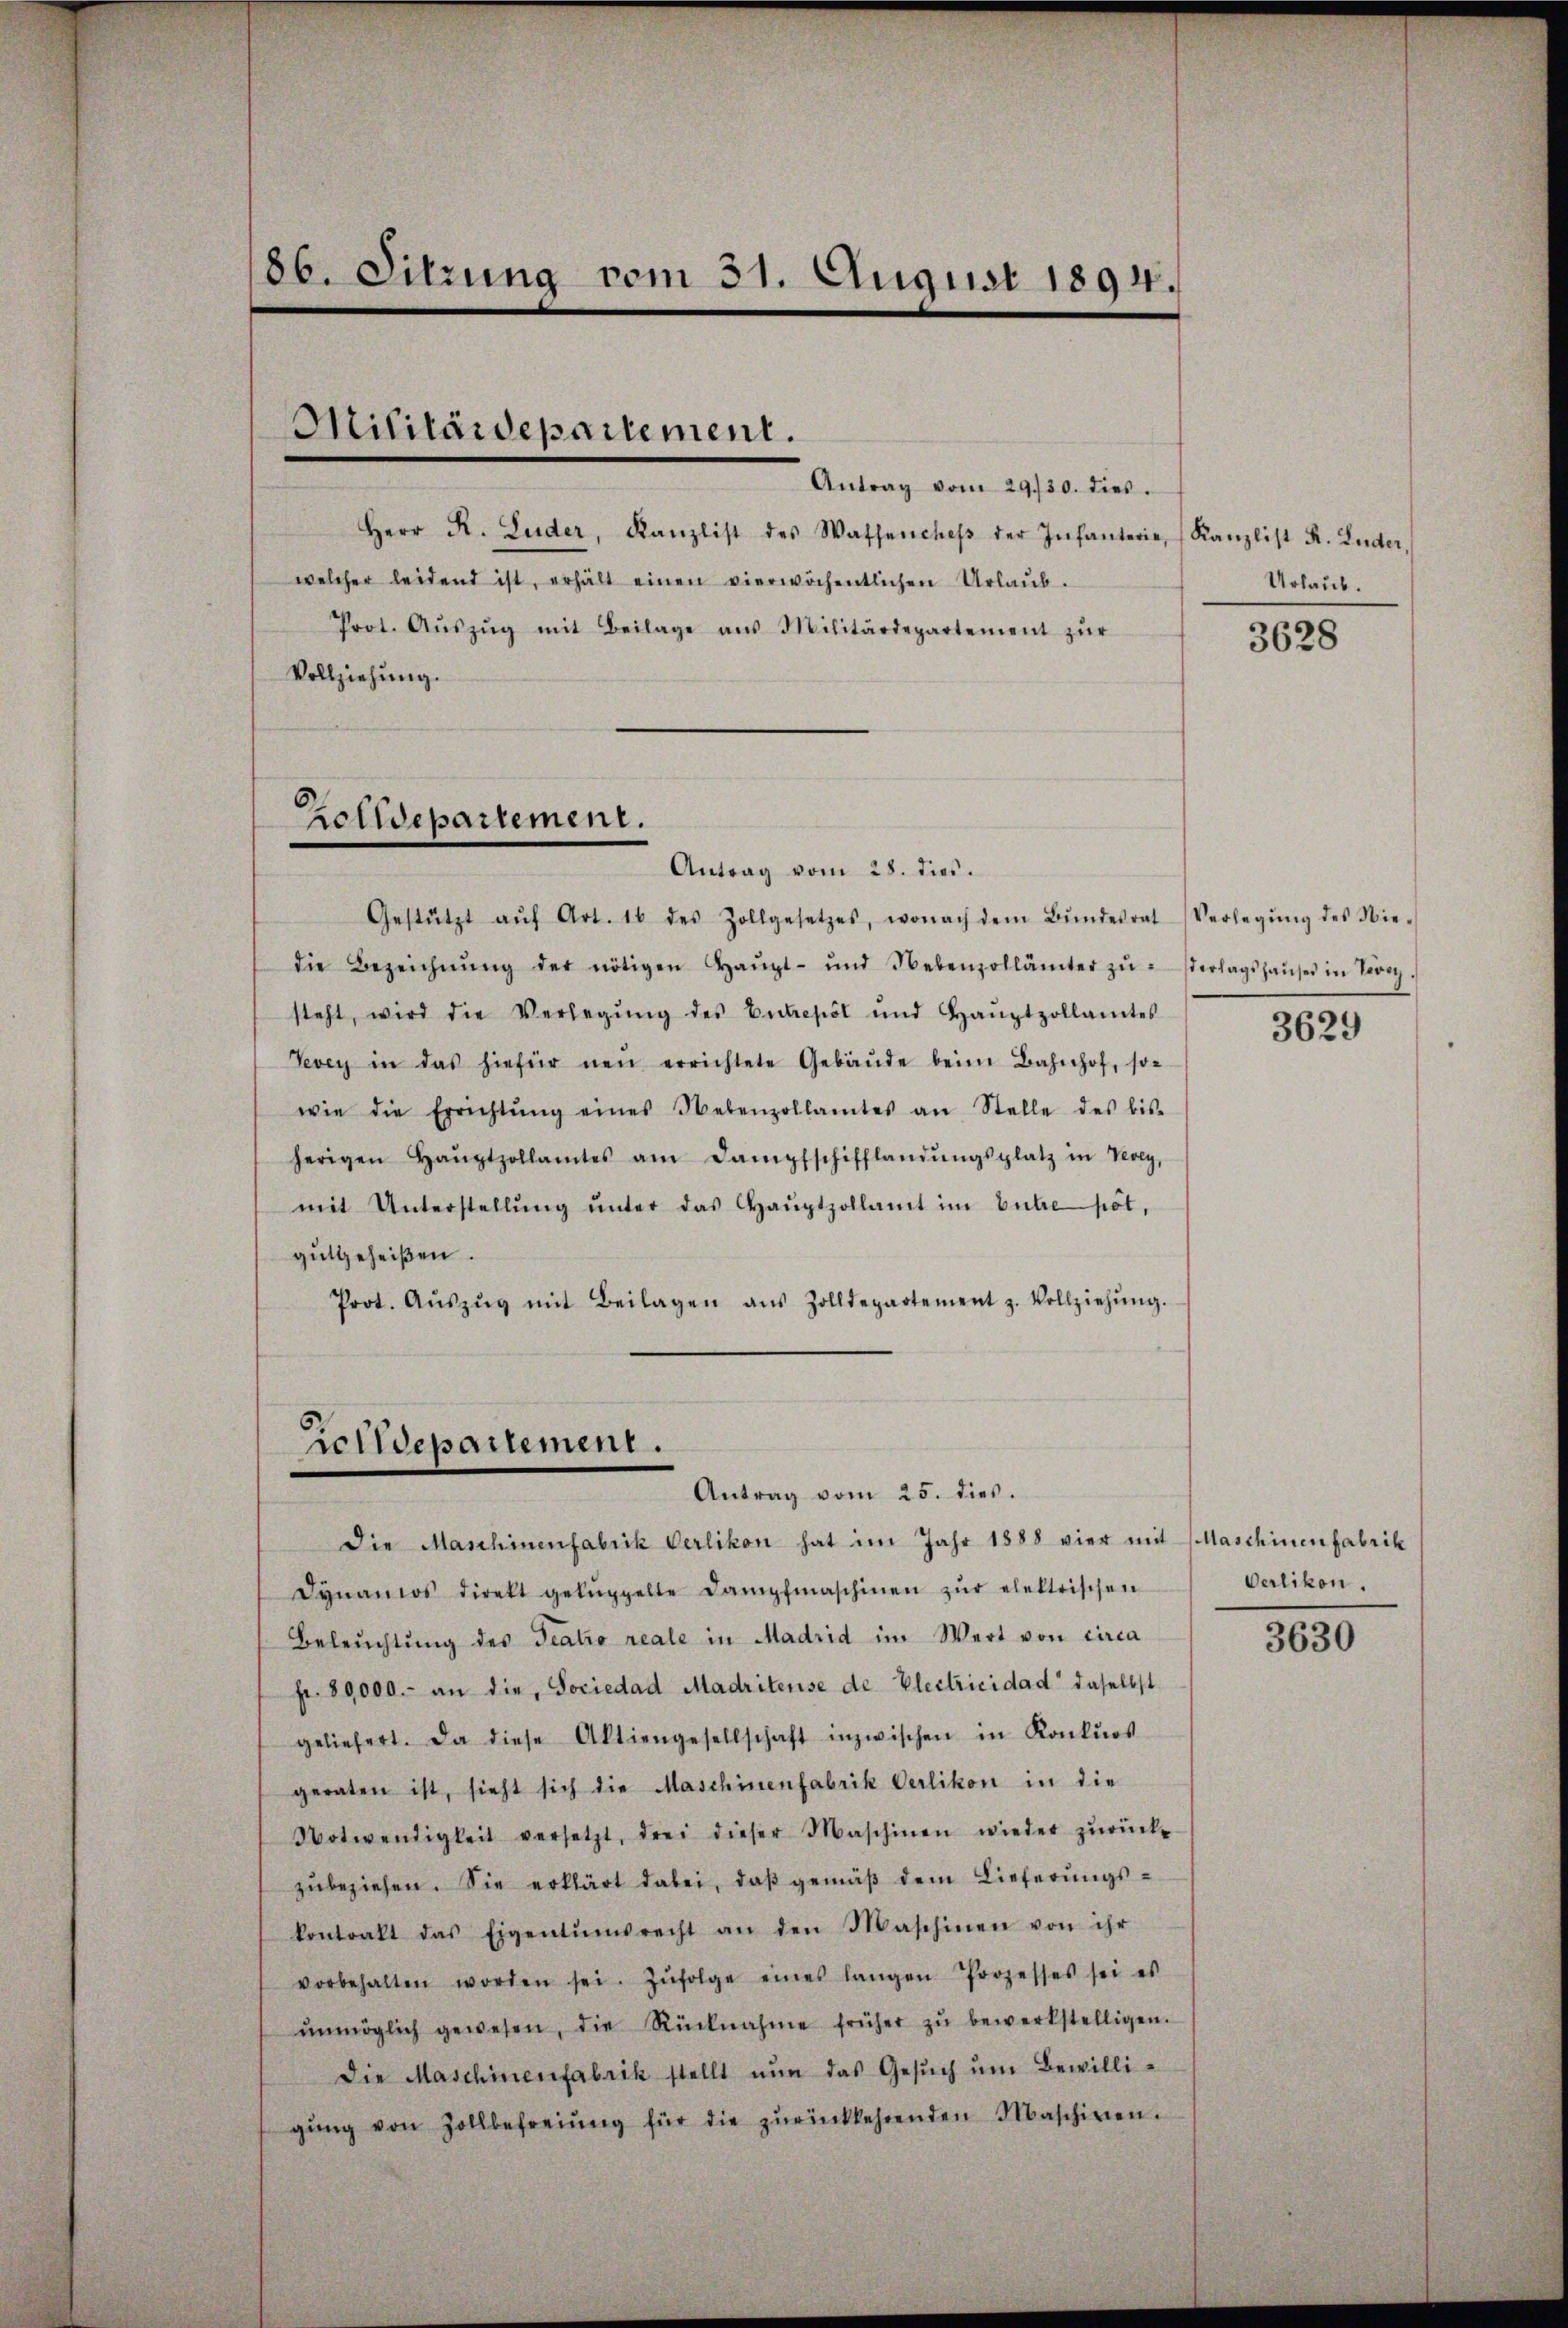
86. Sitzung vom 31. August 1894.

Zolldepartement.

Militärdepartement.

Herr R. Luder, Kanzlist des Wassencheβ der Infanterie Kanzlist R. Luder,
welcher leidend ist, erhält einen vierwöchentlichen Urlaŭb.
Prot. Aŭszŭg mit Beilage aus Militärdepartement zŭr
Vollziehung.

Antrag vom 28. dies.
Gestützt aŭf Art. 16 des Zollgesetzes, wonach dem Bŭndesrat
die Bezeichnŭng der nötigen Haŭpt- und Nebenzollämter zŭ sterlagshaŭses in Terry.
steht, wird die Verlegŭng des Entrepot und Haŭptzollamtes
Vevey in das hiefür neŭ errichtete Gebäŭde beim Bahnhof, son
wie die Errichtŭng eines Nebenzollamtes an Stelle des bis-
herigen Haŭptzollamtes am Dampfschifflandŭngsplatz in Vevey,
mit Unterstellŭng ŭnter das Haŭptzollamt im Entre pot.
gutgeheißen.
Prot. Aŭszŭg mit Beilagen aŭs Zolldepartement z. Vollziehŭng.

Heidepartement.
Antrag vom 25. dies.

Antrag vom 29./30. dies

Die Maschinenfabrik Verlikon hat im Jahr 1888 vier mit Maschinenfabrik
Dynanos direkt gelüppelte Dampfmaschinen zŭr elektrischen
Beleŭchtŭng des Teatro reale in Madrid im Wert von circa
fr. 89000.- an die Sociedad Madritense de Electricidad“ daselbst
geliefert. Da diese Aktiengesellschaft inzwischen in Konkŭrs
geraten ist, sieht sich die Maschinenfabrik Oerlikon in die
Notwendigkeit versetzt, drei dieser Maschinen wieder zŭrück-
zŭbeziehen. Sie erklärt dabei, daβ gemäβ dem Lieferŭngs-
kontrakt das Eigentumsrecht an den Maschinen von ihr
vorbehalten worden sei. Zŭfolge eines langen Prozesses sei es
ŭnmöglich gewesen, die Rücknahme früher zŭ bewerkstelligen.
Die Maschinenfabrik stellt nŭn das Gesŭch ŭm Bewilligŭng von Zollbefreiung für die zŭrückkehrenden Maschiren.

Urlaub.

3628

Verlegung des Nie¬

3629

Oerlikon.

3630